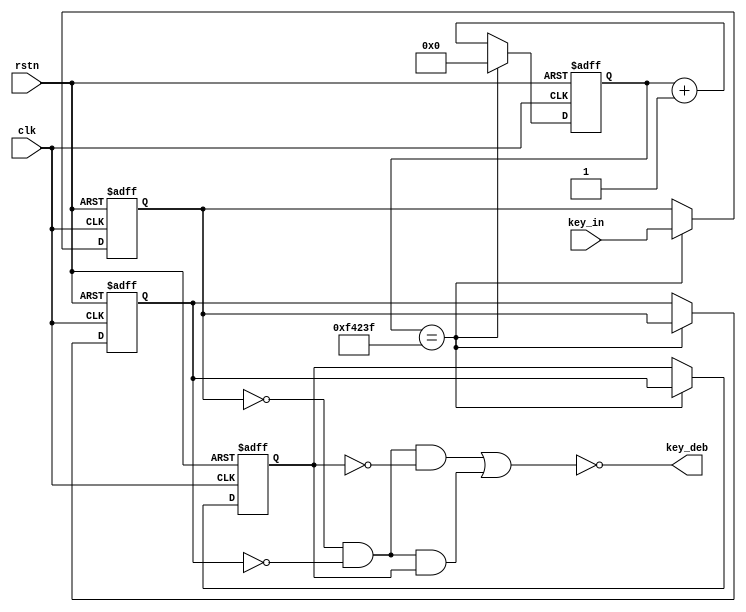
`timescale 1ns / 1ps

module key_filter(clk,rstn,key_in,key_deb);
    input clk;
    input rstn;
    input key_in;
    output key_deb;
    //
    parameter CNTMAX = 999_999;
    reg [19:0] cnt = 0;
    always@(posedge clk or negedge rstn) begin
        if(~rstn)
            cnt <= 0;
        else if(cnt == CNTMAX)
            cnt <= 0;
        else
            cnt <= cnt + 1'b1;
     end
     //20ms
     reg key_reg0;
     reg key_reg1;
     reg key_reg2; 
     always@(posedge clk or negedge rstn) begin
        if(~rstn) begin
            key_reg0 <= 1'b1;
            key_reg1 <= 1'b1;
            key_reg2 <= 1'b1;
        end
        else if(cnt == CNTMAX) begin
            key_reg0 <= key_in;
            key_reg1 <= key_reg0;
            key_reg2 <= key_reg1;
        end
    end
    assign key_deb = ~((~key_reg0 & ~key_reg1 & ~key_reg2) | (~key_reg0 & ~key_reg1 & key_reg2));
endmodule